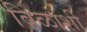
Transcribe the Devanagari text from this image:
बिळाशी